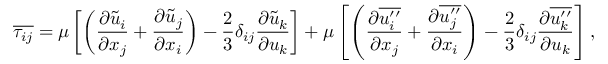
\overline { { \tau _ { i j } } } = \mu \left[ \left( \frac { \partial \Tilde { u } _ { i } } { \partial x _ { j } } + \frac { \partial \Tilde { u } _ { j } } { \partial x _ { i } } \right) - \frac { 2 } { 3 } \delta _ { i j } \frac { \partial \Tilde { u } _ { k } } { \partial u _ { k } } \right] + \mu \left[ \left( \frac { \partial \overline { { u _ { i } ^ { \prime \prime } } } } { \partial x _ { j } } + \frac { \partial \overline { { u _ { j } ^ { \prime \prime } } } } { \partial x _ { i } } \right) - \frac { 2 } { 3 } \delta _ { i j } \frac { \partial \overline { { u _ { k } ^ { \prime \prime } } } } { \partial u _ { k } } \right] ,